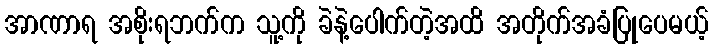
အာဏာရ အစိုးရဘက်က သူ့ကို ခဲနဲ့ပေါက်တဲ့အထိ အတိုက်အခံပြုပေမယ့်